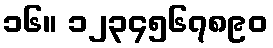
၁၆။ ၁၂၃၄၅၆၇၈၉၀